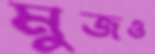
মুজও